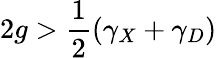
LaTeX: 2g>\frac{1}{2}(\gamma_{X}+\gamma_{D})